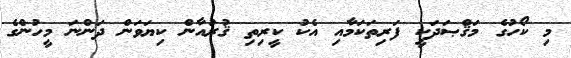
މި ކޯހުގެ މަޤްޞަދަކީ ފަރިތަކަމާއި އެކު ކީރިތި ޤުރުއާން ކިޔަވަން ދަންނަ މީހުންގެ